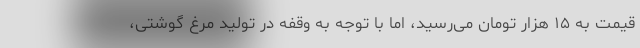
قیمت به ۱۵ هزار تومان می‌رسید، اما با توجه به وقفه در تولید مرغ گوشتی،